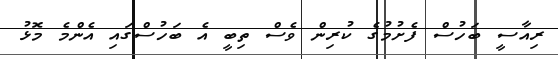
ރިއާސީ ބަހުސް ފެށުމުގެ ކުރިން ވެސް ތިބީ އެ ބަހުސްގައި އެންމެ މޮޅު